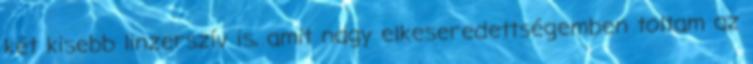
két kisebb linzerszív is, amit nagy elkeseredettségemben toltam az